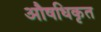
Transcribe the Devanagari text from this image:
औषधिकृत